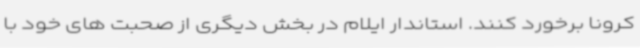
کرونا برخورد کنند. استاندار ایلام در بخش دیگری از صحبت های خود با